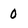
Character: 0